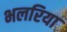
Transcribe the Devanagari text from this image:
भलरिया